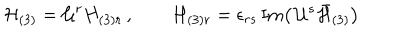
{ \cal H } _ { ( 3 ) } = { \cal U } ^ { r } H _ { ( 3 ) r } \, , \qquad H _ { ( 3 ) r } = \epsilon _ { r s } \, \mathrm { I m } \big ( \, { \cal U } ^ { s } \bar { { \cal H } } _ { ( 3 ) } \big )